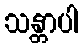
သန္တာပါ